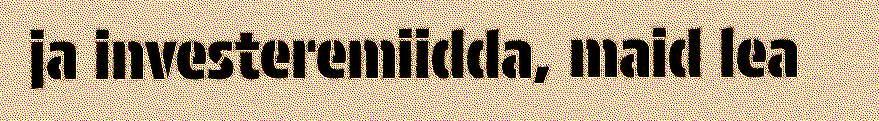
ja investeremiidda, maid lea